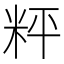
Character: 𥹒